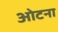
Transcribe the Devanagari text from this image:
ओटना